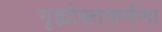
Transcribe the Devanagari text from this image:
गृह्योक्तकर्मणा